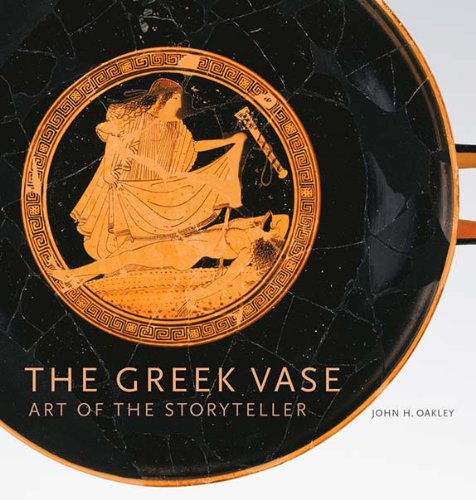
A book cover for The Greek Vase: Art of the Storyteller; John H Oakley; Crafts, Hobbies & Home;